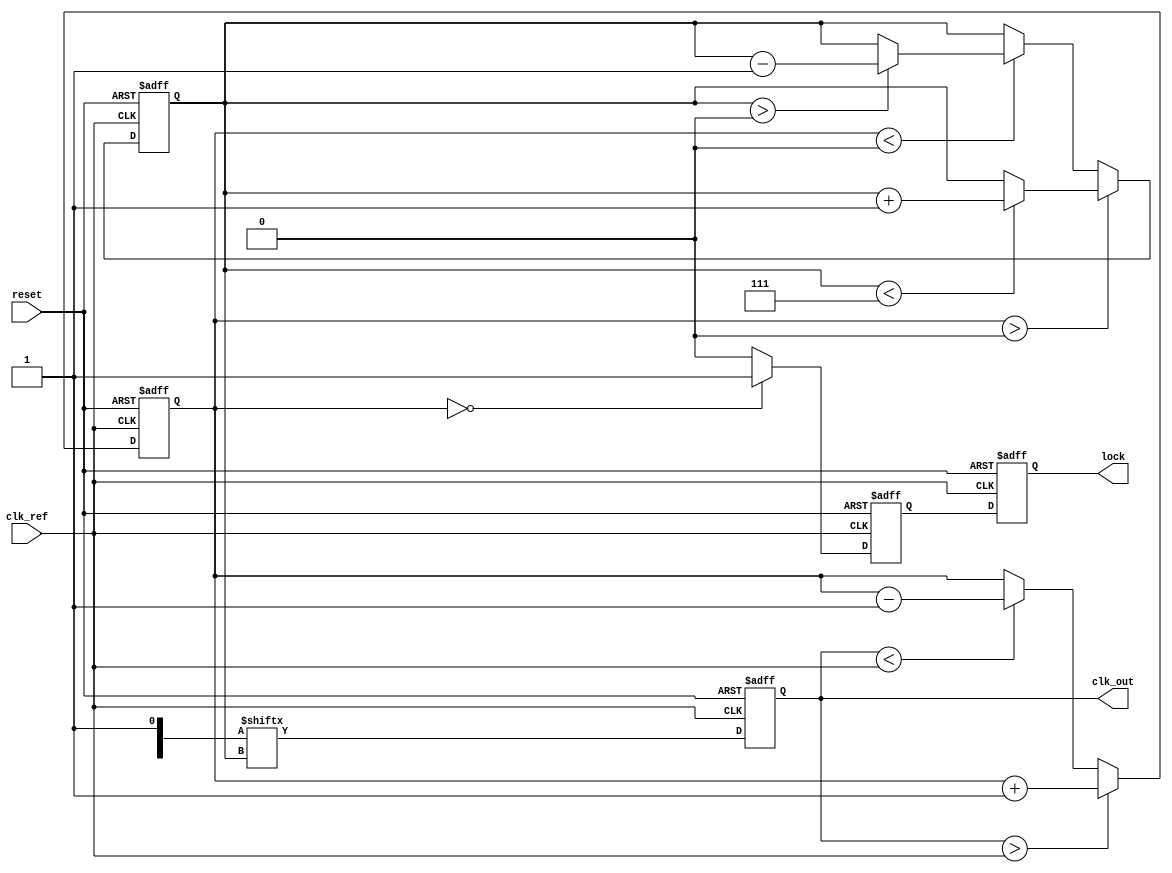
module MemoryBlocksDLL (
    input wire clk_ref,          // Reference clock input
    input wire reset,            // Reset signal
    output reg clk_out,          // Output clock
    output reg lock              // Lock indication
);

    // Parameters
    parameter NUM_DELAY_STAGES = 8; // Number of delay stages
    parameter DELAY_STEP = 1;        // Delay step in time units

    // Internal signals
    reg [NUM_DELAY_STAGES-1:0] delay_line; // Delay line stages
    reg [NUM_DELAY_STAGES-1:0] delay_select; // Selected delay stage
    reg [3:0] phase_error; // Phase error signal
    reg [3:0] delay_setting; // Delay setting from memory
    reg [3:0] counter; // Control logic counter
    reg locked; // Lock status

    // Memory block to store delay settings
    reg [3:0] memory [0:15]; // Example memory block (4-bit settings)

    // Phase Detector
    always @(posedge clk_ref or posedge reset) begin
        if (reset) begin
            phase_error <= 0;
        end else begin
            // Compare reference clock and delayed clock
            // Simple phase error detection logic (for illustration)
            if (clk_out > clk_ref) begin
                phase_error <= phase_error + 1; // Output clock is leading
            end else if (clk_out < clk_ref) begin
                phase_error <= phase_error - 1; // Output clock is lagging
            end
        end
    end

    // Control Logic
    always @(posedge clk_ref or posedge reset) begin
        if (reset) begin
            counter <= 0;
            delay_select <= 0;
            locked <= 0;
        end else begin
            // Adjust delay based on phase error
            if (phase_error > 0) begin
                if (delay_select < NUM_DELAY_STAGES - 1) begin
                    delay_select <= delay_select + 1; // Increase delay
                end
            end else if (phase_error < 0) begin
                if (delay_select > 0) begin
                    delay_select <= delay_select - 1; // Decrease delay
                end
            end

            // Check for lock condition (phase error is minimal)
            if (phase_error == 0) begin
                locked <= 1;
            end else begin
                locked <= 0;
            end
        end
    end

    // Delay Line
    always @(posedge clk_ref or posedge reset) begin
        if (reset) begin
            clk_out <= 0;
        end else begin
            // Generate output clock based on selected delay
            clk_out <= delay_line[delay_select];
        end
    end

    // Memory Block Initialization (for demonstration)
    initial begin
        // Initialize memory with some delay settings
        memory[0] = 4'b0000; // No delay
        memory[1] = 4'b0001; // 1 time unit delay
        memory[2] = 4'b0010; // 2 time units delay
        // ... Initialize other settings as needed
    end

    // Lock Detection
    always @(posedge clk_ref or posedge reset) begin
        if (reset) begin
            lock <= 0;
        end else begin
            lock <= locked; // Update lock status
        end
    end

endmodule